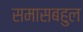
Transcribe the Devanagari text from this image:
समासबहुल